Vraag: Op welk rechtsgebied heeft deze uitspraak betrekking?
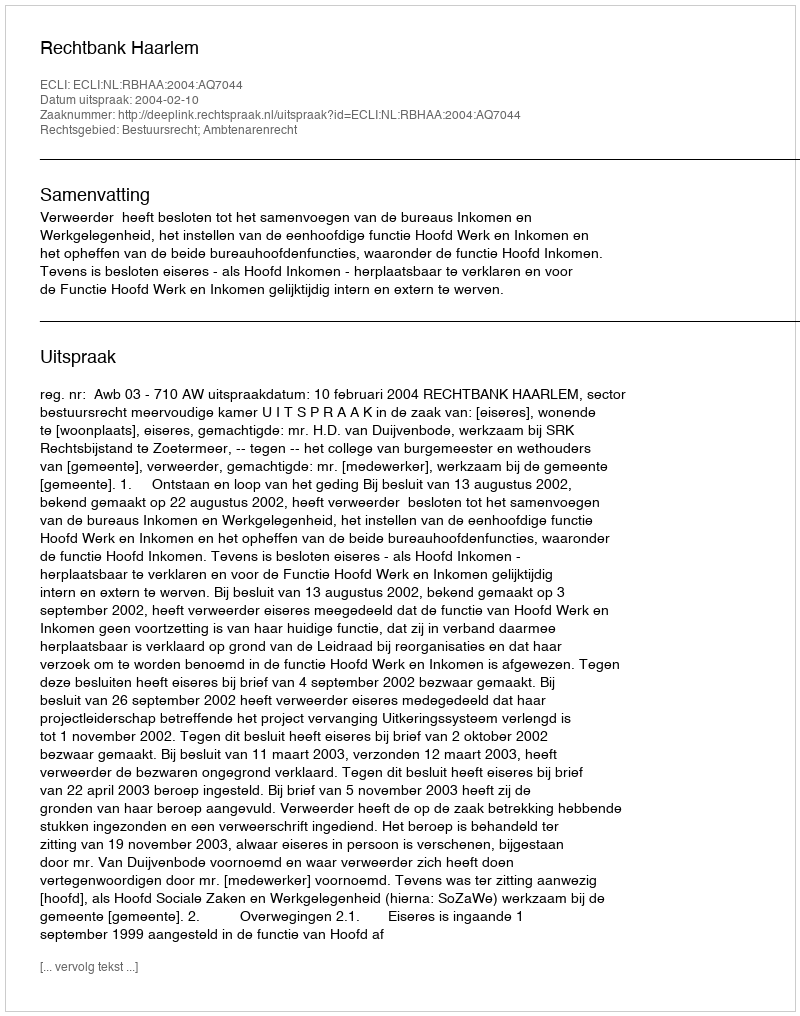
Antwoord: Bestuursrecht; Ambtenarenrecht